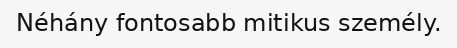
Néhány fontosabb mitikus személy.